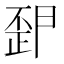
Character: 𭭪